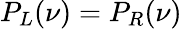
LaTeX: P_{L}(\nu)=P_{R}(\nu)